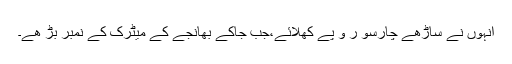
انہوں نے ساڑھے چارسو ر و پے کھلائے،جب جاکے بھانجے کے میٹرک کے نمبر بڑ ھے۔